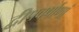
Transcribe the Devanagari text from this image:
द्वीपवर्षाणां